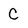
Character: C